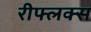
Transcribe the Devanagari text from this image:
रीफ्लक्स